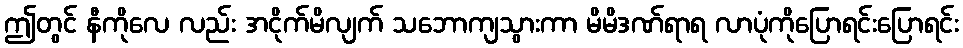
ဤတွင် နီကိုလေ လည်း အငိုက်မိလျက် သဘောကျသွားကာ မိမိဒဏ်ရာရ လာပုံကိုပြောရင်းပြောရင်း